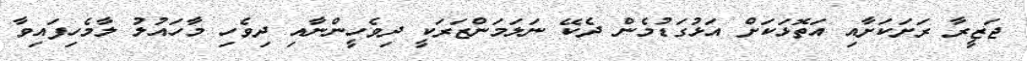
ޖަޒީރާ ރަށަކަށާއި އަތޮޅަކަށް އަޅުގަޑުމެން ދެކޭ ނަލަމަންޒަރަކީ ދިވެހީންނާއި ދިވެހި މާހައުލު ލާމެހިފައިވާ